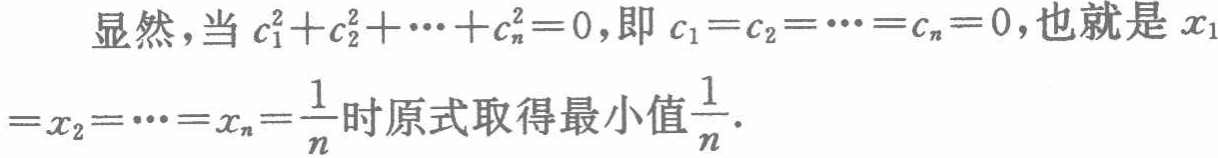
显然，当 \(c_1^{2}+c_2^{2}+\cdots +c_n^{2}=0\)，即 \(c_1 = c_2=\cdots = c_n = 0\)，也就是 \(x_1=x_2=\cdots =x_n=\frac{1}{n}\) 时原式取得最小值 \(\frac{1}{n}\).